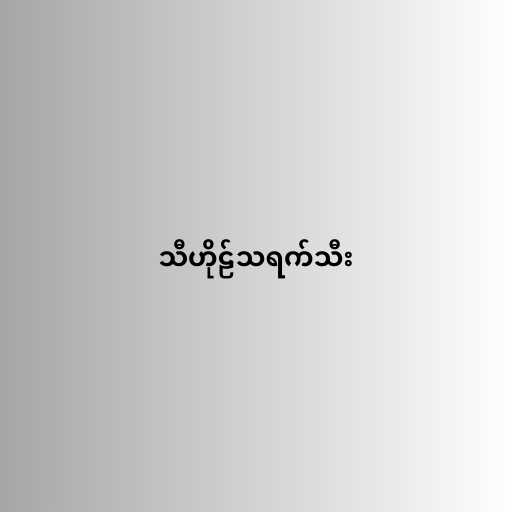
သီဟိုဠ်သရက်သီး